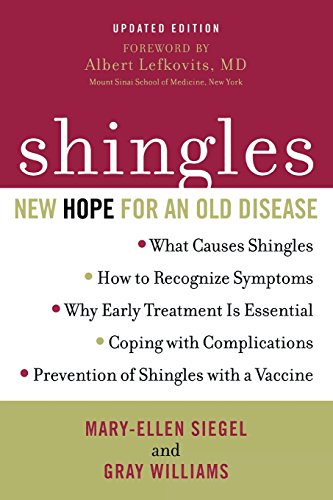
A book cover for Shingles: New Hope for an Old Disease; Mary-Ellen Siegel; Health, Fitness & Dieting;